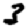
Digit: 3